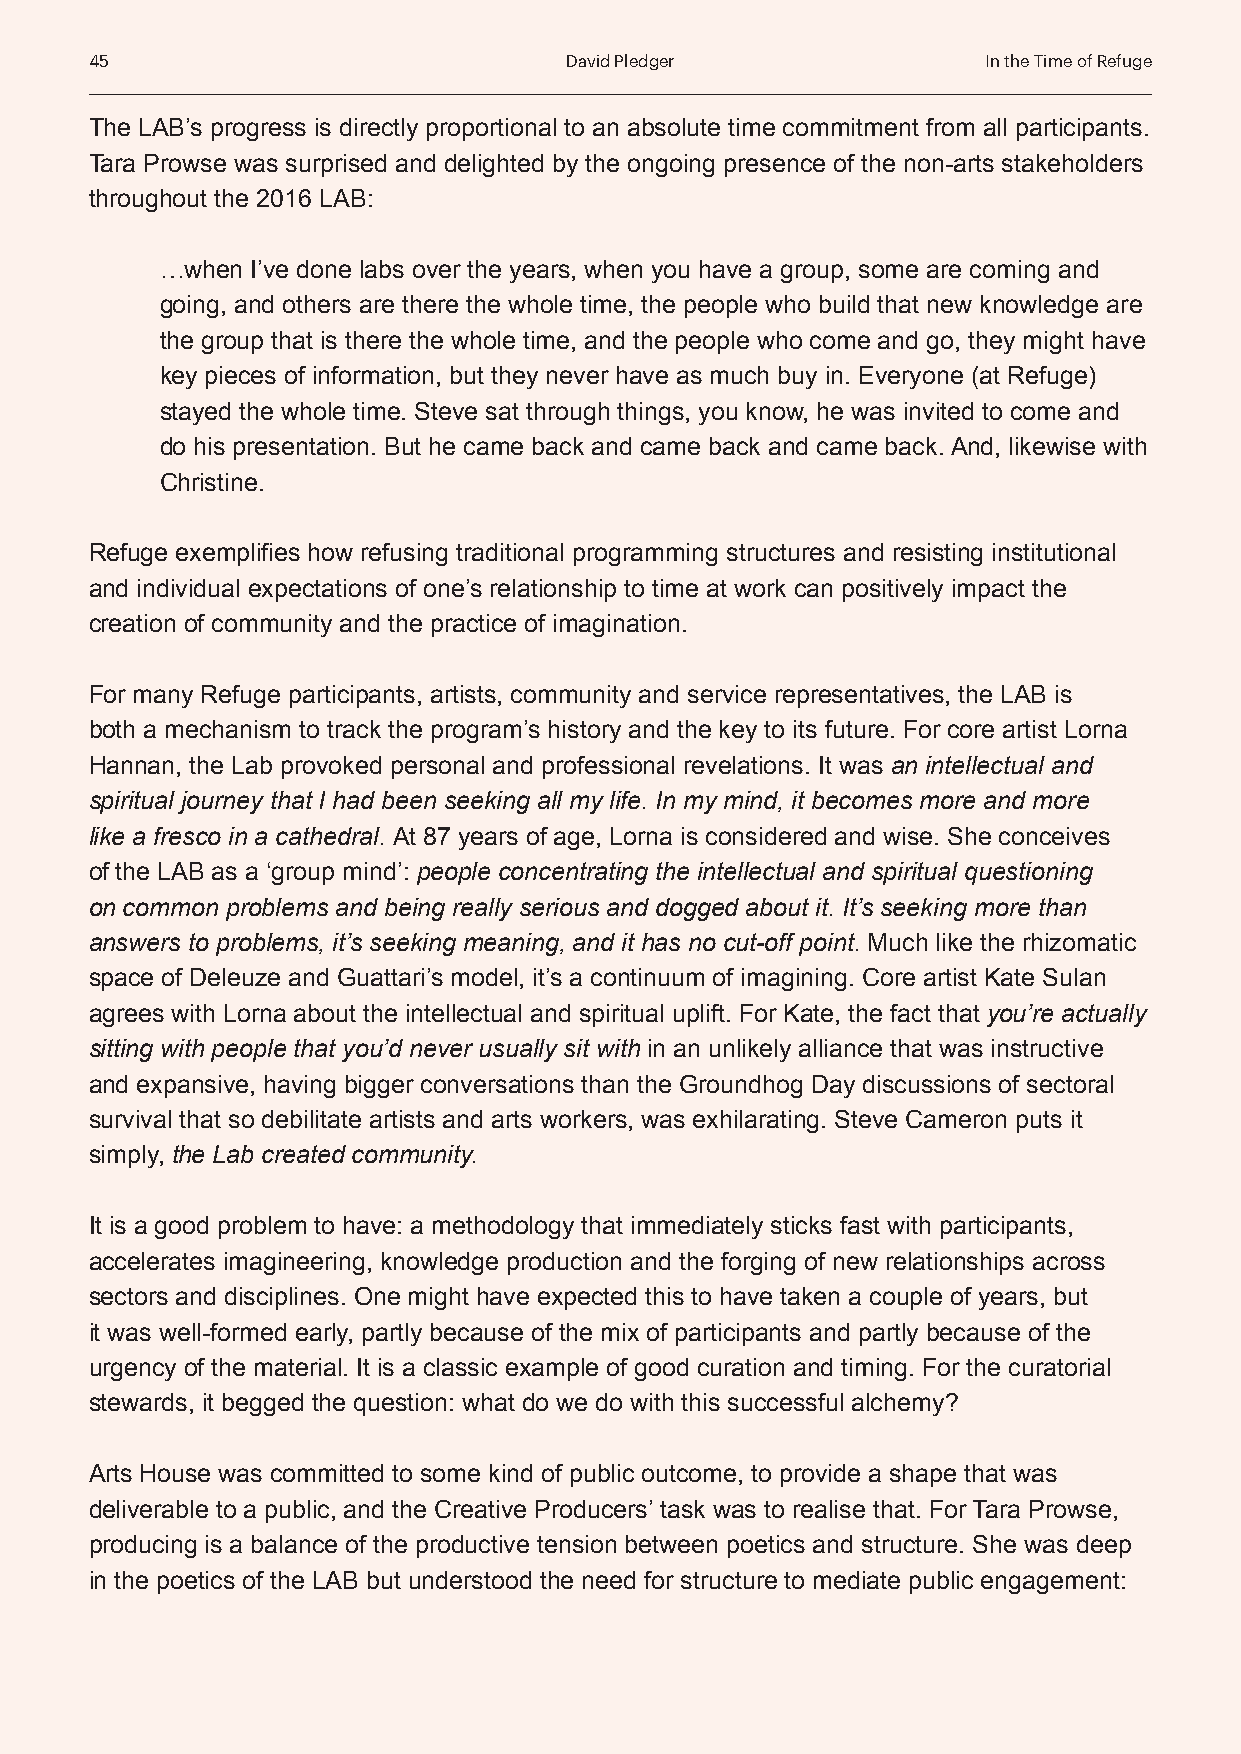
45                             David Pledger               In the Time of Refuge
 The LAB’s progress is directly proportional to an absolute time commitment from all participants.
 Tara Prowse was surprised and delighted by the ongoing presence of the non-arts stakeholders
 throughout the 2016 LAB:
 …when I’ve done labs over the years, when you have a group, some are coming and
 going, and others are there the whole time, the people who build that new knowledge are
 the group that is there the whole time, and the people who come and go, they might have
 key pieces of information, but they never have as much buy in. Everyone (at Refuge)
 stayed the whole time. Steve sat through things, you know, he was invited to come and
 do his presentation. But he came back and came back and came back. And, likewise with
 Christine.
 Refuge exemplifies how refusing traditional programming structures and resisting institutional
 and individual expectations of one’s relationship to time at work can positively impact the
 creation of community and the practice of imagination.
 For many Refuge participants, artists, community and service representatives, the LAB is
 both a mechanism to track the program’s history and the key to its future. For core artist Lorna
 Hannan, the Lab provoked personal and professional revelations. It was an intellectual and
 spiritual journey that I had been seeking all my life. In my mind, it becomes more and more
 like a fresco in a cathedral. At 87 years of age, Lorna is considered and wise. She conceives
 of the LAB as a ‘group mind’: people concentrating the intellectual and spiritual questioning
 on common problems and being really serious and dogged about it. It’s seeking more than
 answers to problems, it’s seeking meaning, and it has no cut-off point. Much like the rhizomatic
 space of Deleuze and Guattari’s model, it’s a continuum of imagining. Core artist Kate Sulan
 agrees with Lorna about the intellectual and spiritual uplift. For Kate, the fact that you’re actually
 sitting with people that you’d never usually sit with in an unlikely alliance that was instructive
 and expansive, having bigger conversations than the Groundhog Day discussions of sectoral
 survival that so debilitate artists and arts workers, was exhilarating. Steve Cameron puts it
 simply, the Lab created community.
 It is a good problem to have: a methodology that immediately sticks fast with participants,
 accelerates imagineering, knowledge production and the forging of new relationships across
 sectors and disciplines. One might have expected this to have taken a couple of years, but
 it was well-formed early, partly because of the mix of participants and partly because of the
 urgency of the material. It is a classic example of good curation and timing. For the curatorial
 stewards, it begged the question: what do we do with this successful alchemy?
 Arts House was committed to some kind of public outcome, to provide a shape that was
 deliverable to a public, and the Creative Producers’ task was to realise that. For Tara Prowse,
 producing is a balance of the productive tension between poetics and structure. She was deep
 in the poetics of the LAB but understood the need for structure to mediate public engagement: